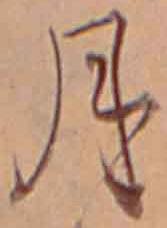
月